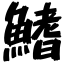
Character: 鰭